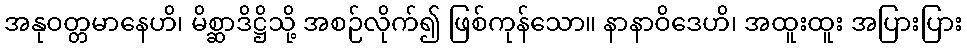
အနုဝတ္တမာနေဟိ၊ မိစ္ဆာဒိဋ္ဌိသို့ အစဉ်လိုက်၍ ဖြစ်ကုန်သော။ နာနာဝိဒေဟိ၊ အထူးထူး အပြားပြား